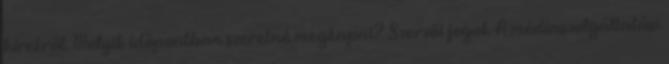
hírekről. Melyik időpontban szeretné megkapni? Szerzői jogok A médiaszolgáltatási